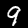
Label: 9